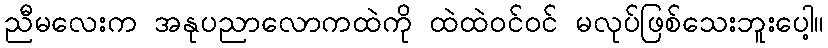
ညီမလေးက အနုပညာလောကထဲကို ထဲထဲဝင်ဝင် မလုပ်ဖြစ်သေးဘူးပေါ့။